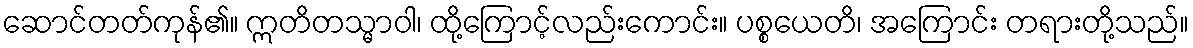
ဆောင်တတ်ကုန်၏။ ဣတိတသ္မာဝါ၊ ထို့ကြောင့်လည်းကောင်း။ ပစ္စယေတိ၊ အကြောင်း တရားတို့သည်။